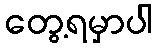
တွေ့ရမှာပါ